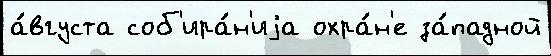
а́вгуста соб'ира́н'иjа охра́н'е за́падной